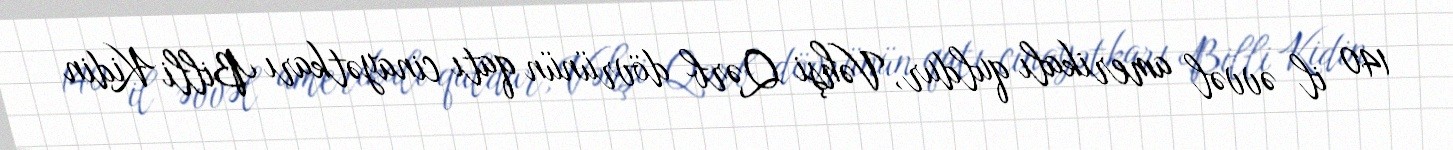
140 il əvvəl amerikalı quldur, Vəhşi Qərb dövrünün qatı cinayətkarı Billi Kidin